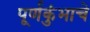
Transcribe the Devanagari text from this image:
पूर्णकुंभाचे